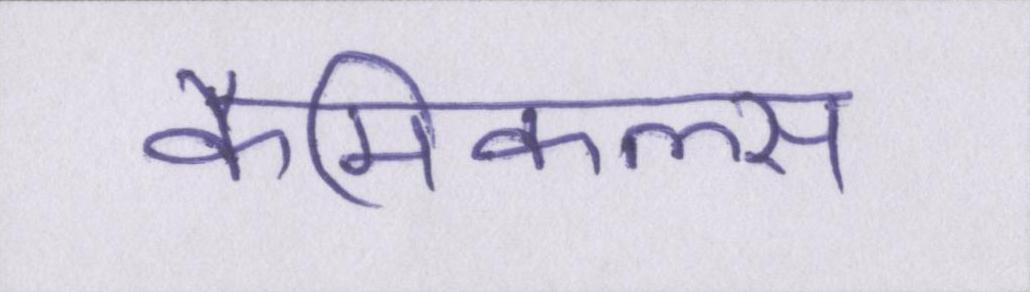
कैमिकल्स